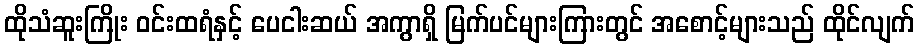
ထိုသံဆူးကြိုး ဝင်းထရံနှင့် ပေငါးဆယ် အကွာရှိ မြက်ပင်များကြားတွင် အစောင့်များသည် ထိုင်လျက်